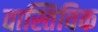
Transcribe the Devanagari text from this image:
वास्तिविक